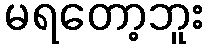
မရတော့ဘူး